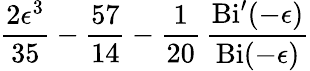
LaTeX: {\frac{2\epsilon^{3}}{35}}-{\frac{57}{14}}-{\frac{1}{20}}\, {\frac{\mathrm{Bi}^{\prime}(-\epsilon)}{\mathrm{Bi}(-\epsilon)}}